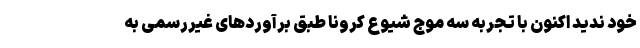
خود ندید اکنون با تجربه سه موج شیوع کرونا طبق برآوردهای غیررسمی به